Leaving Certificate Examination (including Day School Certificate (Higher) General paper), 1935
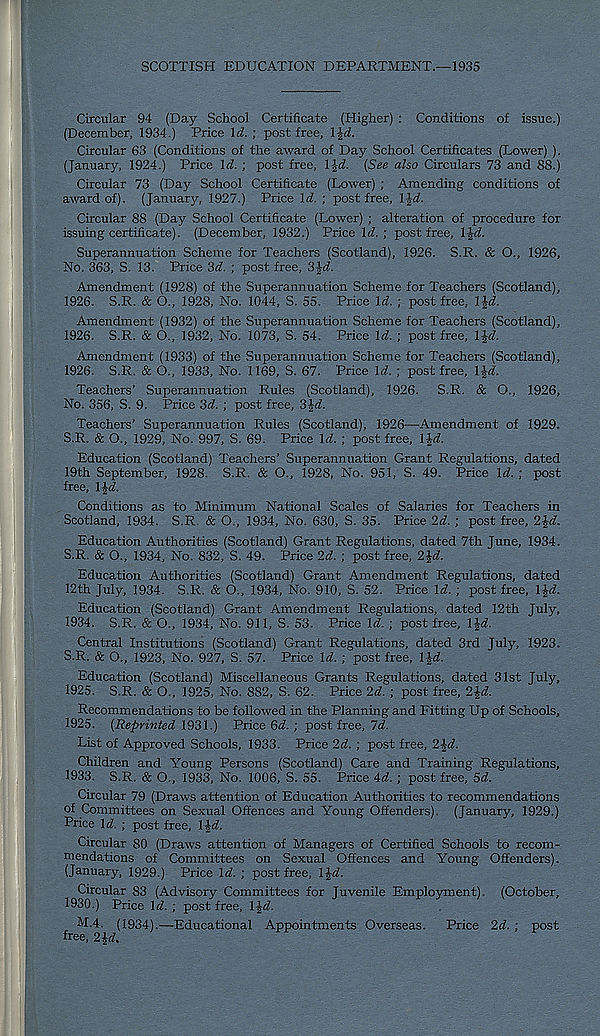
SCOTTISH EDUCATION DEPARTMENT.—1935
Circular 94 (Day School Certificate (Higher) : Conditions of issue.)
(December, 1934.) Price \d. ; post free, l%d.
Circular 63 (Conditions of the award of Day School Certificates (Lower) ).
(January, 1924.) Price Id. ; post free, l-%d. (See also Circulars 73 and 88.)
Circular 73 (Day School Certificate (Lower) ; Amending conditions of
award of), (January, 1927.) Price Id.; post free, 1-Jrf.
Circular 88 (Day School Certificate (Lower) ; alteration of procedure for
issuing certificate). (December, 1932.) Price Id. ; post free, l%d.
Superannuation Scheme for Teachers (Scotland), 1926. S.R. & O., 1926,
No. 363, S. 13. Price 3d. ; post free, 3^d.
Amendment (1928) of the Superannuation Scheme for Teachers (Scotland),
1926. S.R. & O., 1928, No. 1044, S. 55. Price Id. ; post free, l^d.
Amendment (1932) of the Superannuation Scheme for Teachers (Scotland),
1926. S.R. & O., 1932, No. 1073, S. 54. Price Id. ; post free, \\d.
Amendment (1933) of the Superannuation Scheme for Teachers (Scotland),
1926. S.R. & O., 1933, No. 1169, S. 67. Price Id. ; post free, \\d.
Teachers’ Superannuation Rules (Scotland), 1926. S.R. & O., 1926,
No. 356, S. 9. Price 3d. ; post free, 3J<f.
Teachers’ Superannuation Rules (Scotland), 1926—Amendment of 1929.
S.R. & O., 1929, No. 997, S. 69. Price \d. ; post free, l-Jd.
Education (Scotland) Teachers’ Superannuation Grant Regulations, dated
19th September, 1928. S.R. & O., 1928, No. 951, S. 49. Price Id. ; post
free, \\d.
Conditions as to Minimum National Scales of Salaries for Teachers in
Scotland, 1934. S.R. & O., 1934, No. 630, S. 35. Price 2d. ; post free, 2^d.
Education Authorities (Scotland) Grant Regulations, dated 7th June, 1934.
S.R. & O., 1934, No. 832, S. 49. Price 2d. ; post free, 2\d.
Education Authorities (Scotland) Grant Amendment Regulations, dated
12th July, 1934. S.R. & O., 1934, No. 910, S. 52. Price \d. ; post free, \^d.
Education (Scotland) Grant Amendment Regulations, dated 12th July,
1934. S.R. & O., 1934, No. 911, S. 53. Price Id. ; post free, l$d.
Central Institutions (Scotland) Grant Regulations, dated 3rd July, 1923.
S.R. & O., 1923, No. 927, S. 57. Price Id. ; post free, l£d.
Education (Scotland) Miscellaneous Grants Regulations, dated 31st July,
1925. S.R. & O., 1925, No. 882, S. 62. Price 2d. ; post free, 2£d.
Recommendations to be followed in the Planning and Fitting Up of Schools,
1925. (Reprinted 1931.) Price 6<L ; post free, 7^.
List of Approved Schools, 1933. Price 2d. ; post free, 2§d.
Children and Young Persons (Scotland) Care and Training Regulations,
1933. S.R. & O., 1933, No. 1006, S. 55. Price 4d. ; post free, 5d.
Circular 79 (Draws attention of Education Authorities to recommendations
of Committees on Sexual Offences and Young Offenders). (January, 1929.)
Price Id. ; post free, lid.
Circular 80 (Draws attention of Managers of Certified Schools to recom-
mendations of Committees on Sexual Offences and Young Offenders).
(January, 1929.) Price Id. ; post free, l^d.
Circular 83 (Advisory Committees for Juvenile Employment). (October,
1930.) Price Id. ; post free, l^d.
M.4. (1934).—-Educational Appointments Overseas. Price 2d. ; post
free, 2 id.